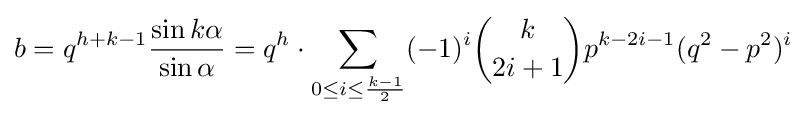
b=q^{h+k-1}{\frac {\sin k\alpha }{\sin \alpha }}=q^{h}\cdot \sum _{0\leq i\leq {\frac {k-1}{2}}}(-1)^{i}{\binom {k}{2i+1}}p^{k-2i-1}(q^{2}-p^{2})^{i}